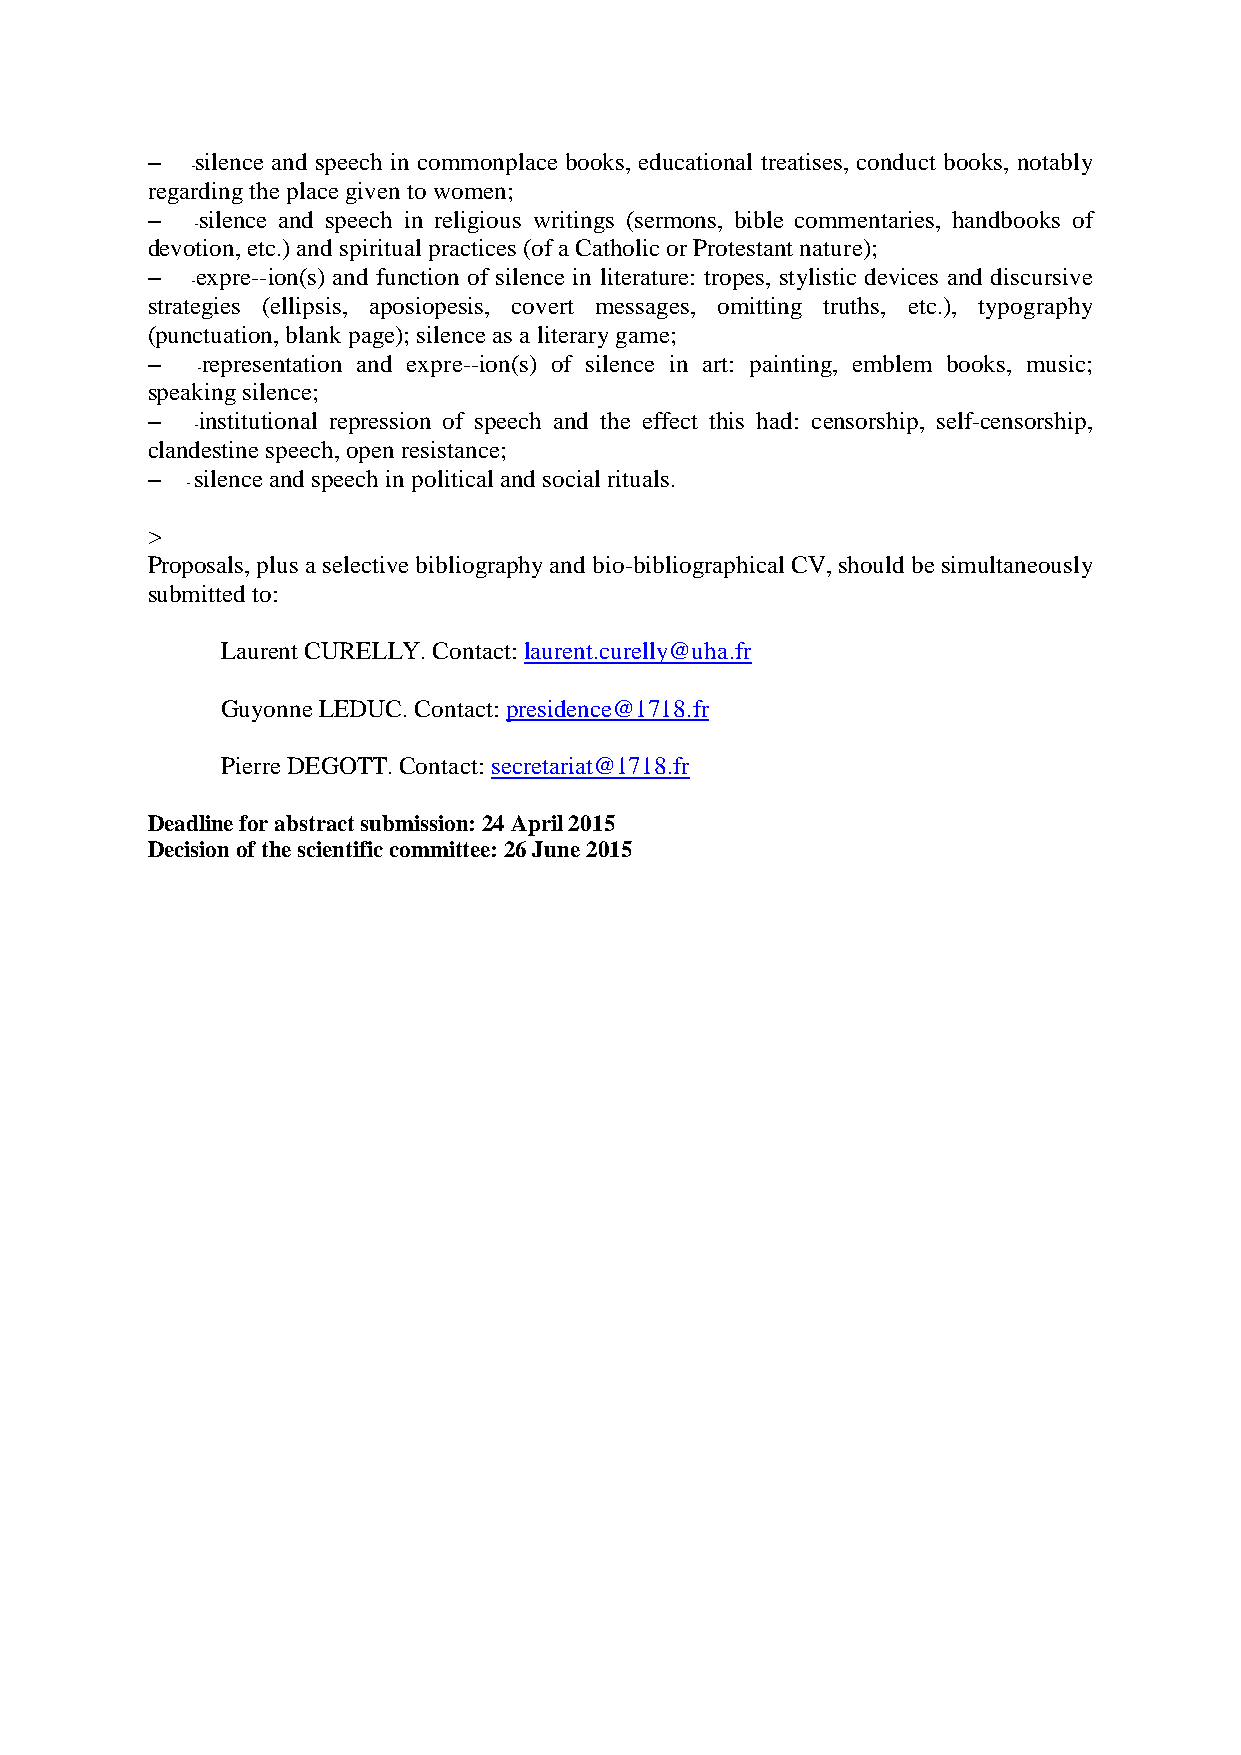
–  silence and speech in commonplace books, educational treatises, conduct books, notably
 -
 regarding the place given to women;
 –  silence and speech in religious writings (sermons, bible commentaries, handbooks of
 -
 devotion, etc.) and spiritual practices (of a Catholic or Protestant nature);
 –  expre--ion(s) and function of silence in literature: tropes, stylistic devices and discursive
 -
 strategies (ellipsis, aposiopesis, covert messages, omitting truths, etc.), typography
 (punctuation, blank page); silence as a literary game;
 –  representation and expre--ion(s) of silence in art: painting, emblem books, music;
 -
 speaking silence;
 –  institutional repression of speech and the effect this had: censorship, self-censorship,
 -
 clandestine speech, open resistance;
 –  silence and speech in political and social rituals.
 -
 >
 Proposals, plus a selective bibliography and bio-bibliographical CV, should be simultaneously
 submitted to:
 Laurent CURELLY. Contact: laurent.curelly@uha.fr
 Guyonne LEDUC. Contact: presidence@1718.fr
 Pierre DEGOTT. Contact: secretariat@1718.fr
 Deadline for abstract submission: 24 April 2015
 Decision of the scientific committee: 26 June 2015